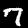
Label: 7